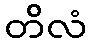
တိလံ